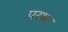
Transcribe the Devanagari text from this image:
परथा